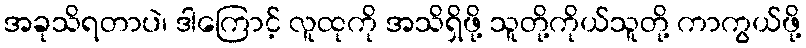
အခုသိရတာပဲ၊ ဒါကြောင့် လူထုကို အသိရှိဖို့ သူတို့ကိုယ်သူတို့ ကာကွယ်ဖို့